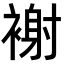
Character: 𧛼